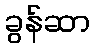
ခွန်ဆာ